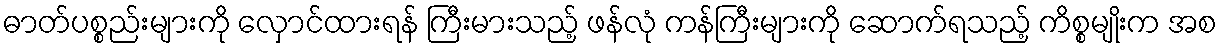
ဓာတ်ပစ္စည်းများကို လှောင်ထားရန် ကြီးမားသည့် ဖန်လုံ ကန်ကြီးများကို ဆောက်ရသည့် ကိစ္စမျိုးက အစ